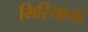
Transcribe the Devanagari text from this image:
मिरियाना